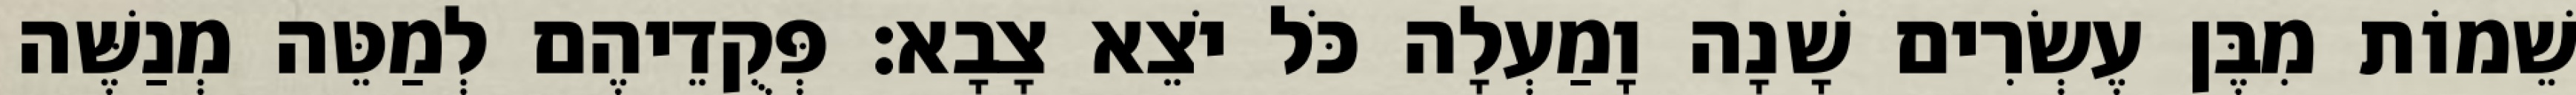
שֵׁמוֹת מִבֶּן עֶשְׂרִים שָׁנָה וָמַעְלָה כֹּל יֹצֵא צָבָא׃ פְּקֻדֵיהֶם לְמַטֵּה מְנַשֶּׁה